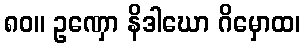
၈၀။ ဥဏှော နိဒါဃော ဂိမှောထ၊